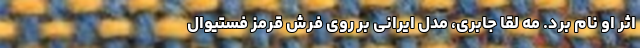
اثر او نام برد. مه لقا جابری، مدل ایرانی بر روی فرش قرمز‌ فستیوال